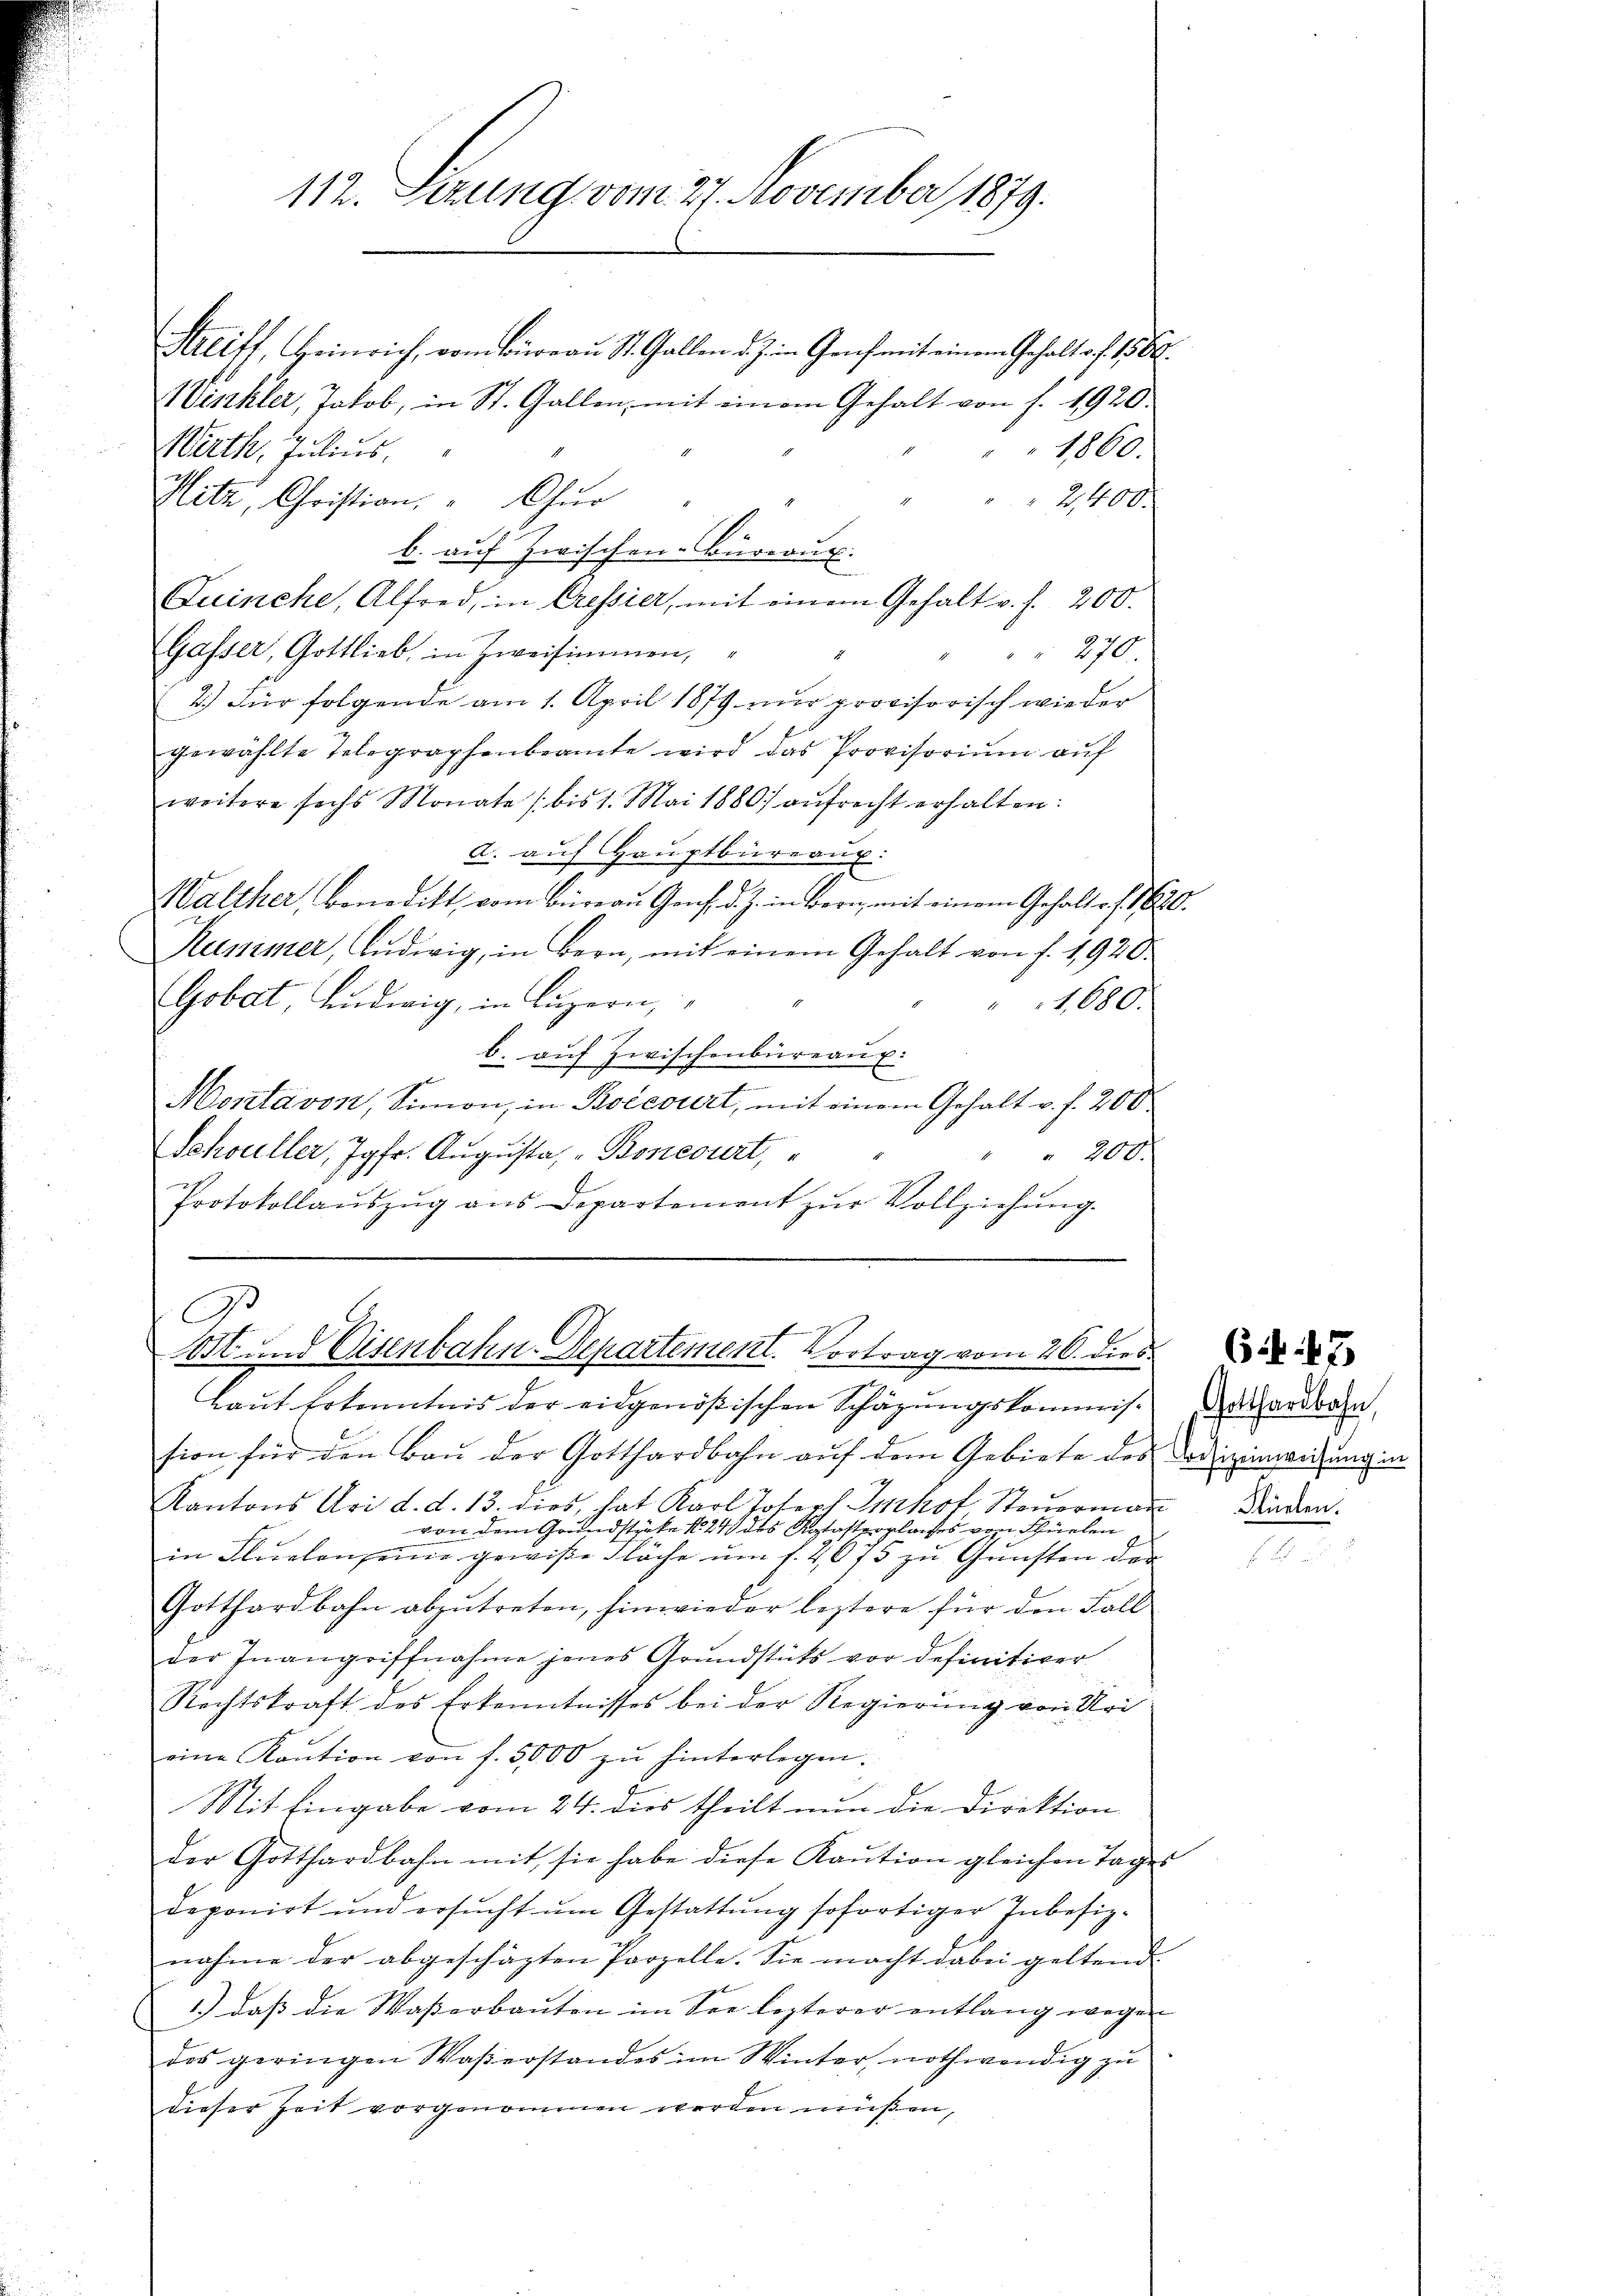
112. Sezung vom 27. November 1879.

Streiff, Heinrich, vom Büreau St. Gallen d. J. in Graf mit einem Gehalt auf 15 O
Winkler, Jakob, in St. Gallen, mit einem Gehalt von s. 1920.
1000.
Wirth, Julius.
Hitz, Christian, " Chur
2,400.
b. auf Zwischen-Bureaux.
Fuinche, Alfred, in Cressier, mit einem Gehalt v. f. 200.
270.
Gasser, Gottlieb, in Zweisimmen,
2.) Für folgende am 1. April 1879 nur provisorisch wieder
gewählte Telegraphenbeamte wird das Provisorium auf
weitere sechs Monate (bis 1. Mai 1880 aŭfrecht erhalten:
a. auf Hauptbüreaux:
f
Walther, Benedikt vom Büreau Genf d. J. in Bern, mit einem Gehalter f. 1680.
Kummer, Ludwig, in Bern, mit einem Gehalt von f. 1920.
Gobet, Ludwig, in Luzern,
" 1680.
b. auf Zwischenbüreaux.
Montavon, Simon, in Boecourt, mit einem Gehalt u. f. 200
Schouller, Jgfr. Augusta, Boncourt,
" " 200.
Protokollaŭszŭg ans Departement zŭr Vollziehŭng.
A
ost und Eisenbahn-Departement. Vortrag vom 26. dies
Laut Erkenntnis der eidgenößischen Schätzungskommission für den Bau der Gotthardbahn auf dem Gebiete des Lodzeinweisung in
7
Kantons Uri d. d. 13. dies, hat Karl Joseph Imhof Steuerman
von dem Grundstücke No 24 des Katasterplaches von Schüelen
in Flüelen seine gewiße Fläche um f. 4675 zu Gunsten der
Gotthardbahn abzŭtreten, hinwieder leztere für den Fall
der Inangriffnahme jenes Grŭndstäts vor definitiver
Rechtskraft des Erkenntnisses bei der Regierŭng von Uri
eine Kaution von f. 5000 zu hinterlegen.
Mit Eingabe vom 24. dies theilt nun die Direktion
der Gotthardbahn mit sie habe diese Kaŭtion gleichen Tages
deponirt und ersŭcht ŭm Gestattŭng sofortiger Inbesiz-
nahme der abgeschäzten Parzelle. Sie macht dabei geltend
1.) daß die Wasserbaŭten im See lezterer entlang wegen
des geringen Waßerstandes im Winter nothwendig zu
dieser Zeit vorgenommen werden müßen,

6. 47

Gotthardbahn,
Klüelen.